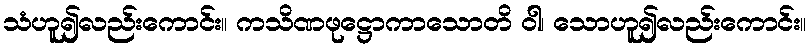
သံဟူ၍လည်းကောင်း။ ကသိဏဖုဋ္ဌောကာသောတိ ဝါ၊ သောဟူ၍လည်းကောင်း။